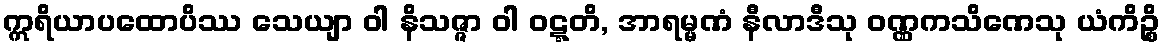
ဣရိယာပထောပိဿ သေယျာ ဝါ နိသဇ္ဇာ ဝါ ဝဋ္ဋတိ, အာရမ္မဏံ နီလာဒီသု ဝဏ္ဏကသိဏေသု ယံကိဉ္စိ